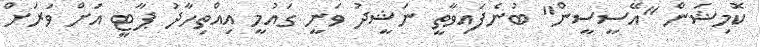
ކޮމިޝަން "އޭސީސީން" ބުނެފައިވާތީ ނަޝީދު ވަނީ ގައުމީ އިއްތިހާދު ޕާޓީ އަށް ވަރަށް